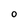
Character: O